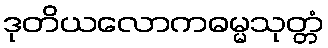
ဒုတိယလောကဓမ္မသုတ္တံ